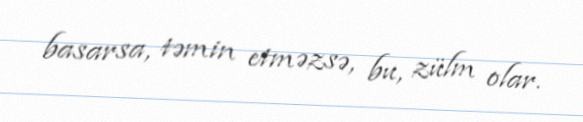
basarsa, təmin etməzsə, bu, zülm olar.